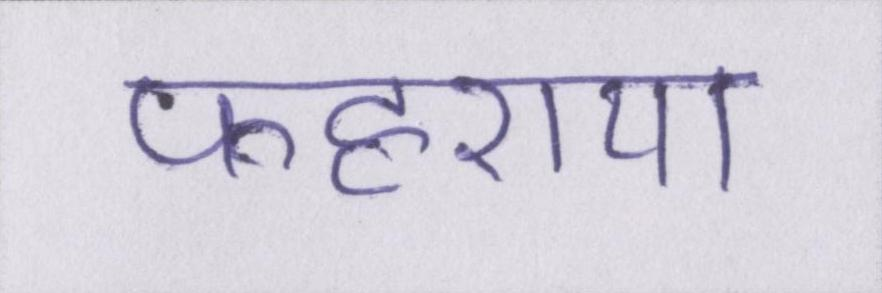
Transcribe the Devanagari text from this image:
फहराया